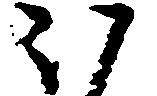
ほ